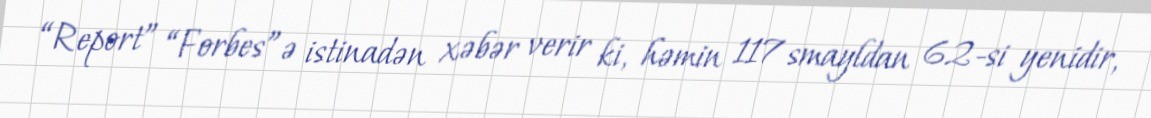
“Report” “Forbes”ə istinadən xəbər verir ki, həmin 117 smayldan 62-si yenidir,